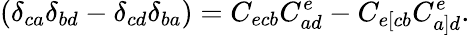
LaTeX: (\delta_{ca}\delta_{bd}-\delta_{cd}\delta_{ba})=C_{ecb}C_{ad}^{e}-C_{e[cb}C_{a]d}^{e}.